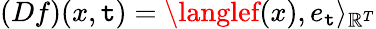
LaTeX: (Df)(x,\mathtt{t})=\langlef(x),e_{\mathtt{t}}\rangle_{\mathbb{{R}}^{T}}